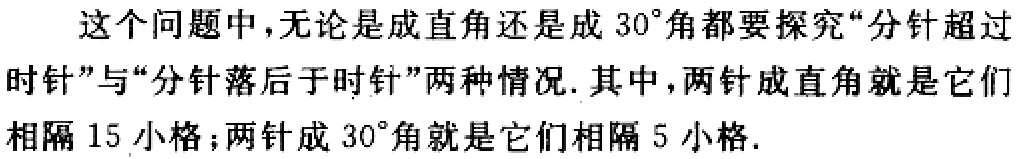
这个问题中，无论是成直角还是成\(30^{\circ}\)角都要探究“分针超过时针”与“分针落后于时针”两种情况. 其中，两针成直角就是它们相隔\(15\)小格；两针成\(30^{\circ}\)角就是它们相隔\(5\)小格.